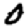
Digit: 0